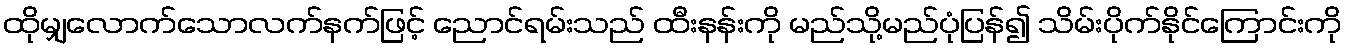
ထိုမျှလောက်သောလက်နက်ဖြင့် ညောင်ရမ်းသည် ထီးနန်းကို မည်သို့မည်ပုံပြန်၍ သိမ်းပိုက်နိုင်ကြောင်းကို